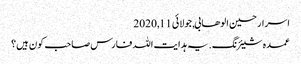
اسرار حسین الوھابی, ‏جولائی 11, 2020
عمدہ شیئرنگ. یہ ہدایت اللہ فارس صاحب کون ہیں؟